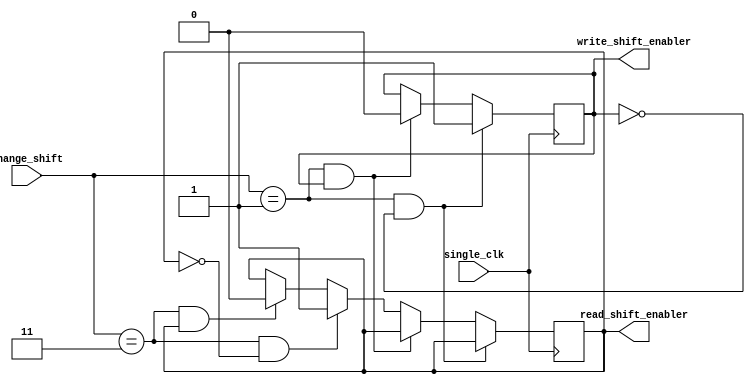
module Address_setter
#(
	parameter ADDR_WIDTH = 5,
	parameter SHIFT_CONTROL = 2
)
(
	input single_clk,
	input [(SHIFT_CONTROL-1):0] change_shift,
	output write_shift_enabler, read_shift_enabler
);

	reg read_shift, write_shift; 

	always @ ( posedge single_clk )
	begin
		// changes write_shift
		if( ( change_shift == 2'b01 ) && ( write_shift == 1'b0) ) 
		begin
			write_shift <= 1'b1;
		end
		else if( ( change_shift == 2'b01 ) && ( write_shift == 1'b1) )
		begin
			write_shift <= 1'b0;
		end
		
		// changes read_shift
		else if( ( change_shift == 2'b11 ) && ( read_shift == 1'b0) )
		begin
			read_shift <= 1'b1;
		end
		else if( ( change_shift == 2'b11 ) && ( read_shift == 1'b1) )
		begin
			read_shift <= 1'b0;
		end
		
	end
	
	assign write_shift_enabler = write_shift;
	assign read_shift_enabler = read_shift;
	
	
	
endmodule